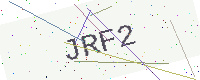
Text: JRF2